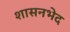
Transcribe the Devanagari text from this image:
शासनभेद